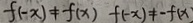
f ( - x ) \neq f ( x ) f ( - x ) \neq - f ( x )